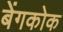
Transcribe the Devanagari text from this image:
बेंगकोक